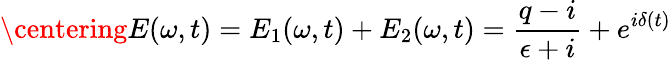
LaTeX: \centering E(\omega,t)=E_{1}(\omega,t)+E_{2}(\omega,t)=\frac{q-i}{\epsilon+i}+e^{i\delta(t)}